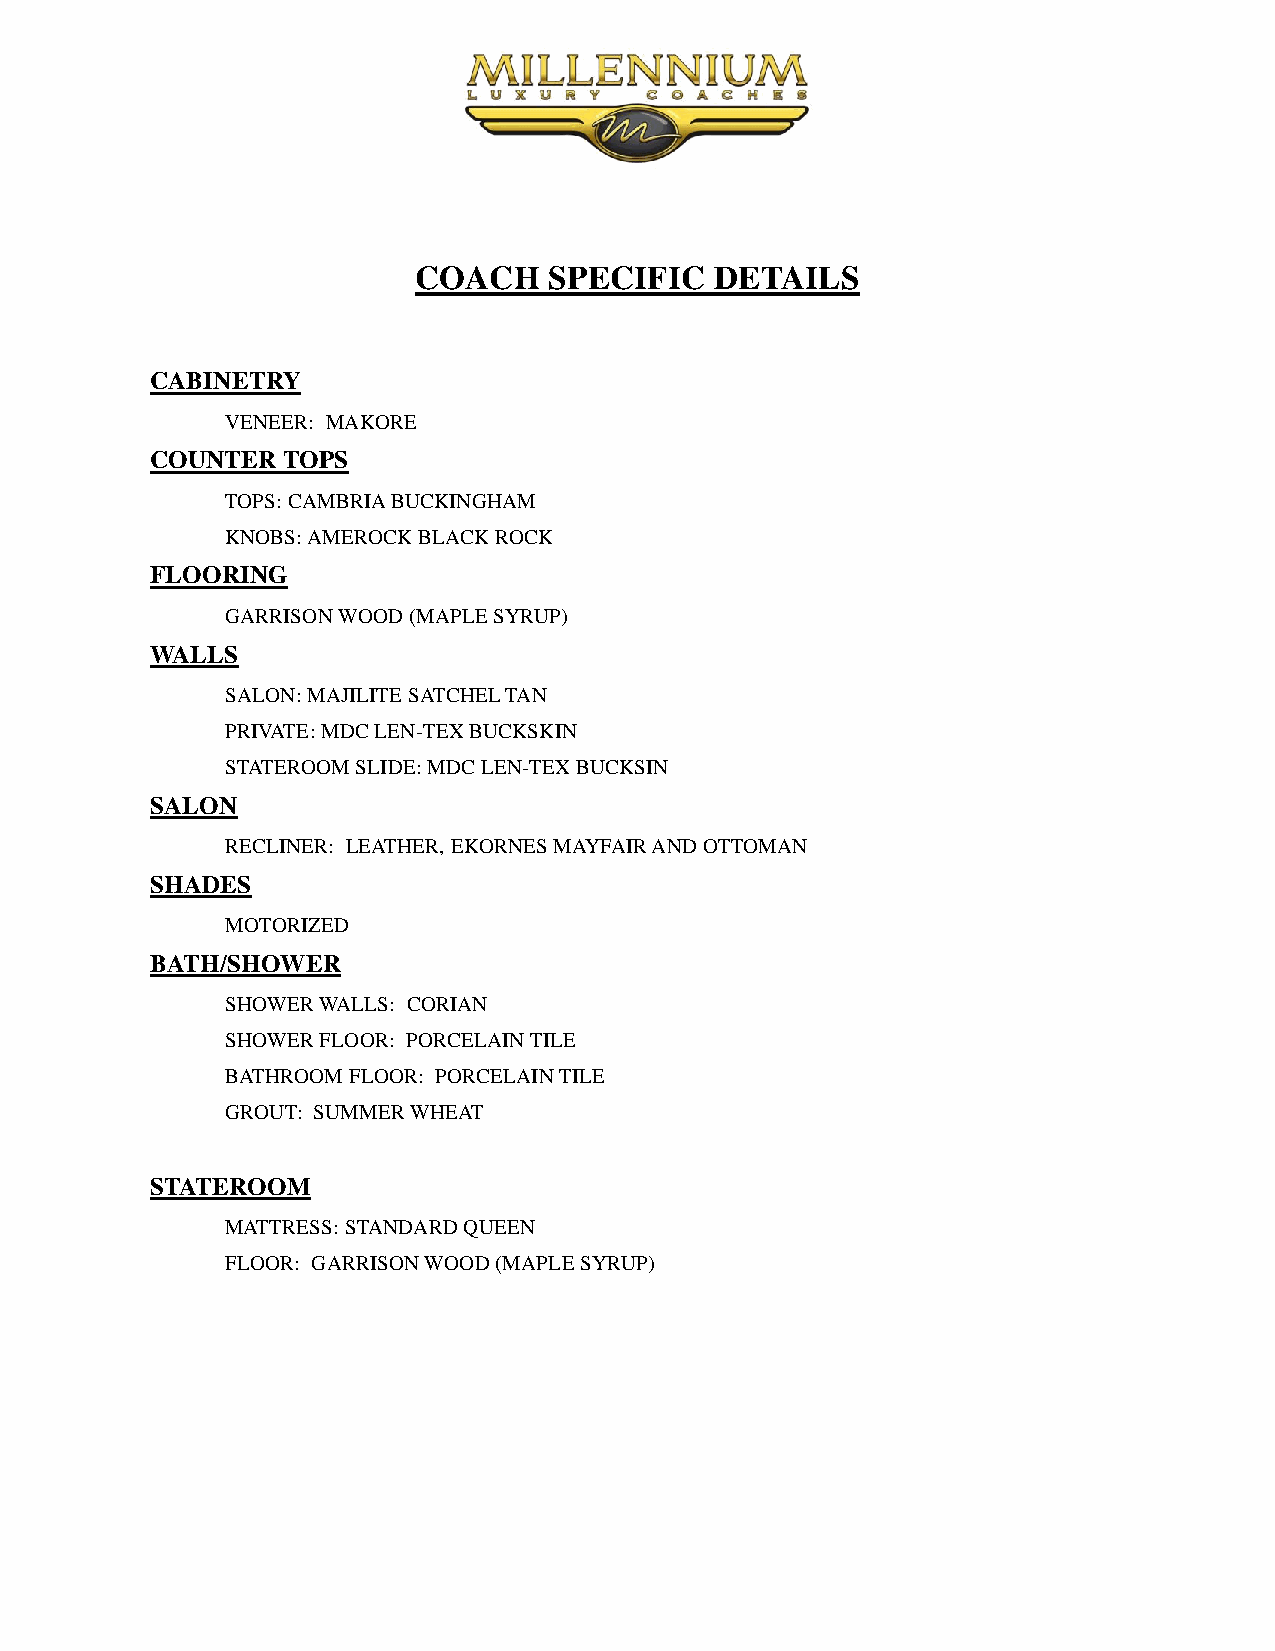
COACH    SPECIFIC   DETAILS
 CABINETRY
 VENEER: MAKORE
 COUNTER  TOPS
 TOPS: CAMBRIA BUCKINGHAM
 KNOBS: AMEROCK BLACK ROCK
 FLOORING
 GARRISON WOOD (MAPLE SYRUP)
 WALLS
 SALON: MAJILITE SATCHEL TAN
 PRIVATE: MDC LEN-TEX BUCKSKIN
 STATEROOM SLIDE: MDC LEN-TEX BUCKSIN
 SALON
 RECLINER: LEATHER, EKORNES MAYFAIR AND OTTOMAN
 SHADES
 MOTORIZED
 BATH/SHOWER
 SHOWER WALLS: CORIAN
 SHOWER FLOOR: PORCELAIN TILE
 BATHROOM FLOOR: PORCELAIN TILE
 GROUT: SUMMER WHEAT
 STATEROOM
 MATTRESS: STANDARD QUEEN
 FLOOR: GARRISON WOOD (MAPLE SYRUP)